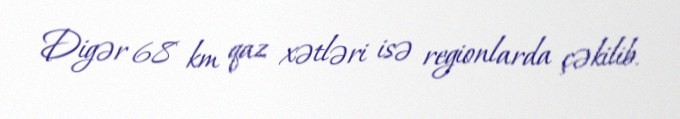
Digər 68 km qaz xətləri isə regionlarda çəkilib.